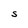
Character: S